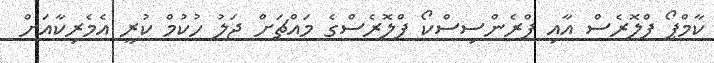
ކާމްޕޯ ފްލޮރެސް އާއި ފްރެންސިސްކޯ ފްލޮރެސްގެ މައްޗަށް ޖަލު ހުކުމް ކުރީ އެމެރިކާއަށް